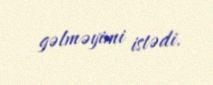
gəlməyimi istədi.